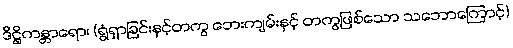
ဒိဋ္ဌိကန္တာရော၊ (ရွံရှာခြင်းနှင့်တကွ ဘေးကျမ်းနှင့် တကွဖြစ်သော သဘောကြောင့်)